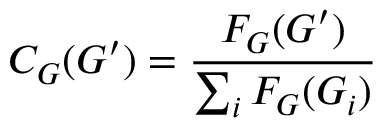
C _ { G } ( G ^ { \prime } ) = { \frac { F _ { G } ( G ^ { \prime } ) } { \sum _ { i } F _ { G } ( G _ { i } ) } }